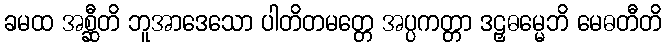
ခမထ အစ္ဆီတိ ဘူအာဒေသော ပါတိတမတ္တေ အပ္ပကတ္တာ ဒဠှဓမ္မေဘိ မေဓတီတိ